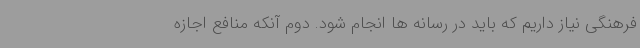
فرهنگی نیاز داریم که باید در رسانه ها انجام شود. دوم آنکه منافع اجازه